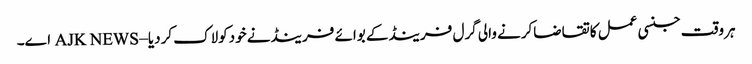
ہروقت جنسی عمل کاتقاضاکرنے والی گرل فرینڈکے بوائے فرینڈنے خودکولاک کردیا – AJK NEWS اے۔